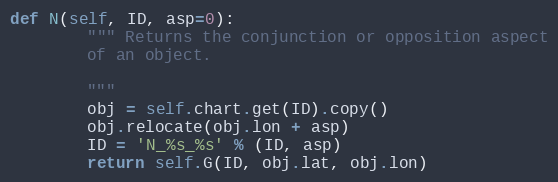
Language: Python
def N(self, ID, asp=0):
        """ Returns the conjunction or opposition aspect
        of an object.

        """
        obj = self.chart.get(ID).copy()
        obj.relocate(obj.lon + asp)
        ID = 'N_%s_%s' % (ID, asp)
        return self.G(ID, obj.lat, obj.lon)